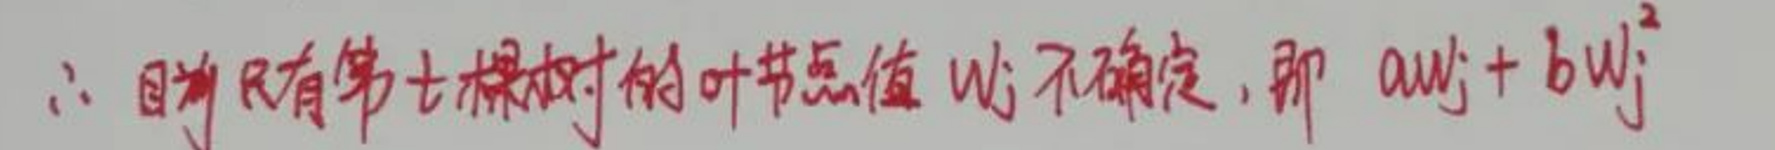
$\therefore $因为只有第七棵树的叶节点值$ w_j $不确定, 那$ aw_j + bw_j^{2}$